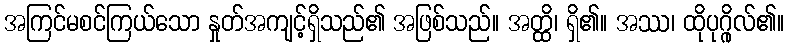
အကြင်မစင်ကြယ်သော နှုတ်အကျင့်ရှိသည်၏ အဖြစ်သည်။ အတ္ထိ၊ ရှိ၏။ အဿ၊ ထိုပုဂ္ဂိုလ်၏။